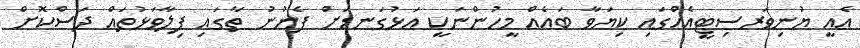
އެއީ ޔުނިވަރސިޓީއެއްގައި ކިޔަވާ ބައެއް މީހުންނަކީ އަޅުގަނޑަށް ފެނުނު ތާގައި ފިލާވަޅުތައް ދަސްކޮށް